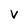
Character: V